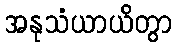
အနုသံယာယိတွာ